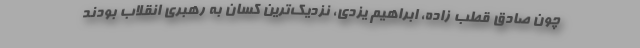
چون صادق قطب زاده، ابراهیم یزدی، نزدیک‌ترین کسان به رهبری انقلاب بودند